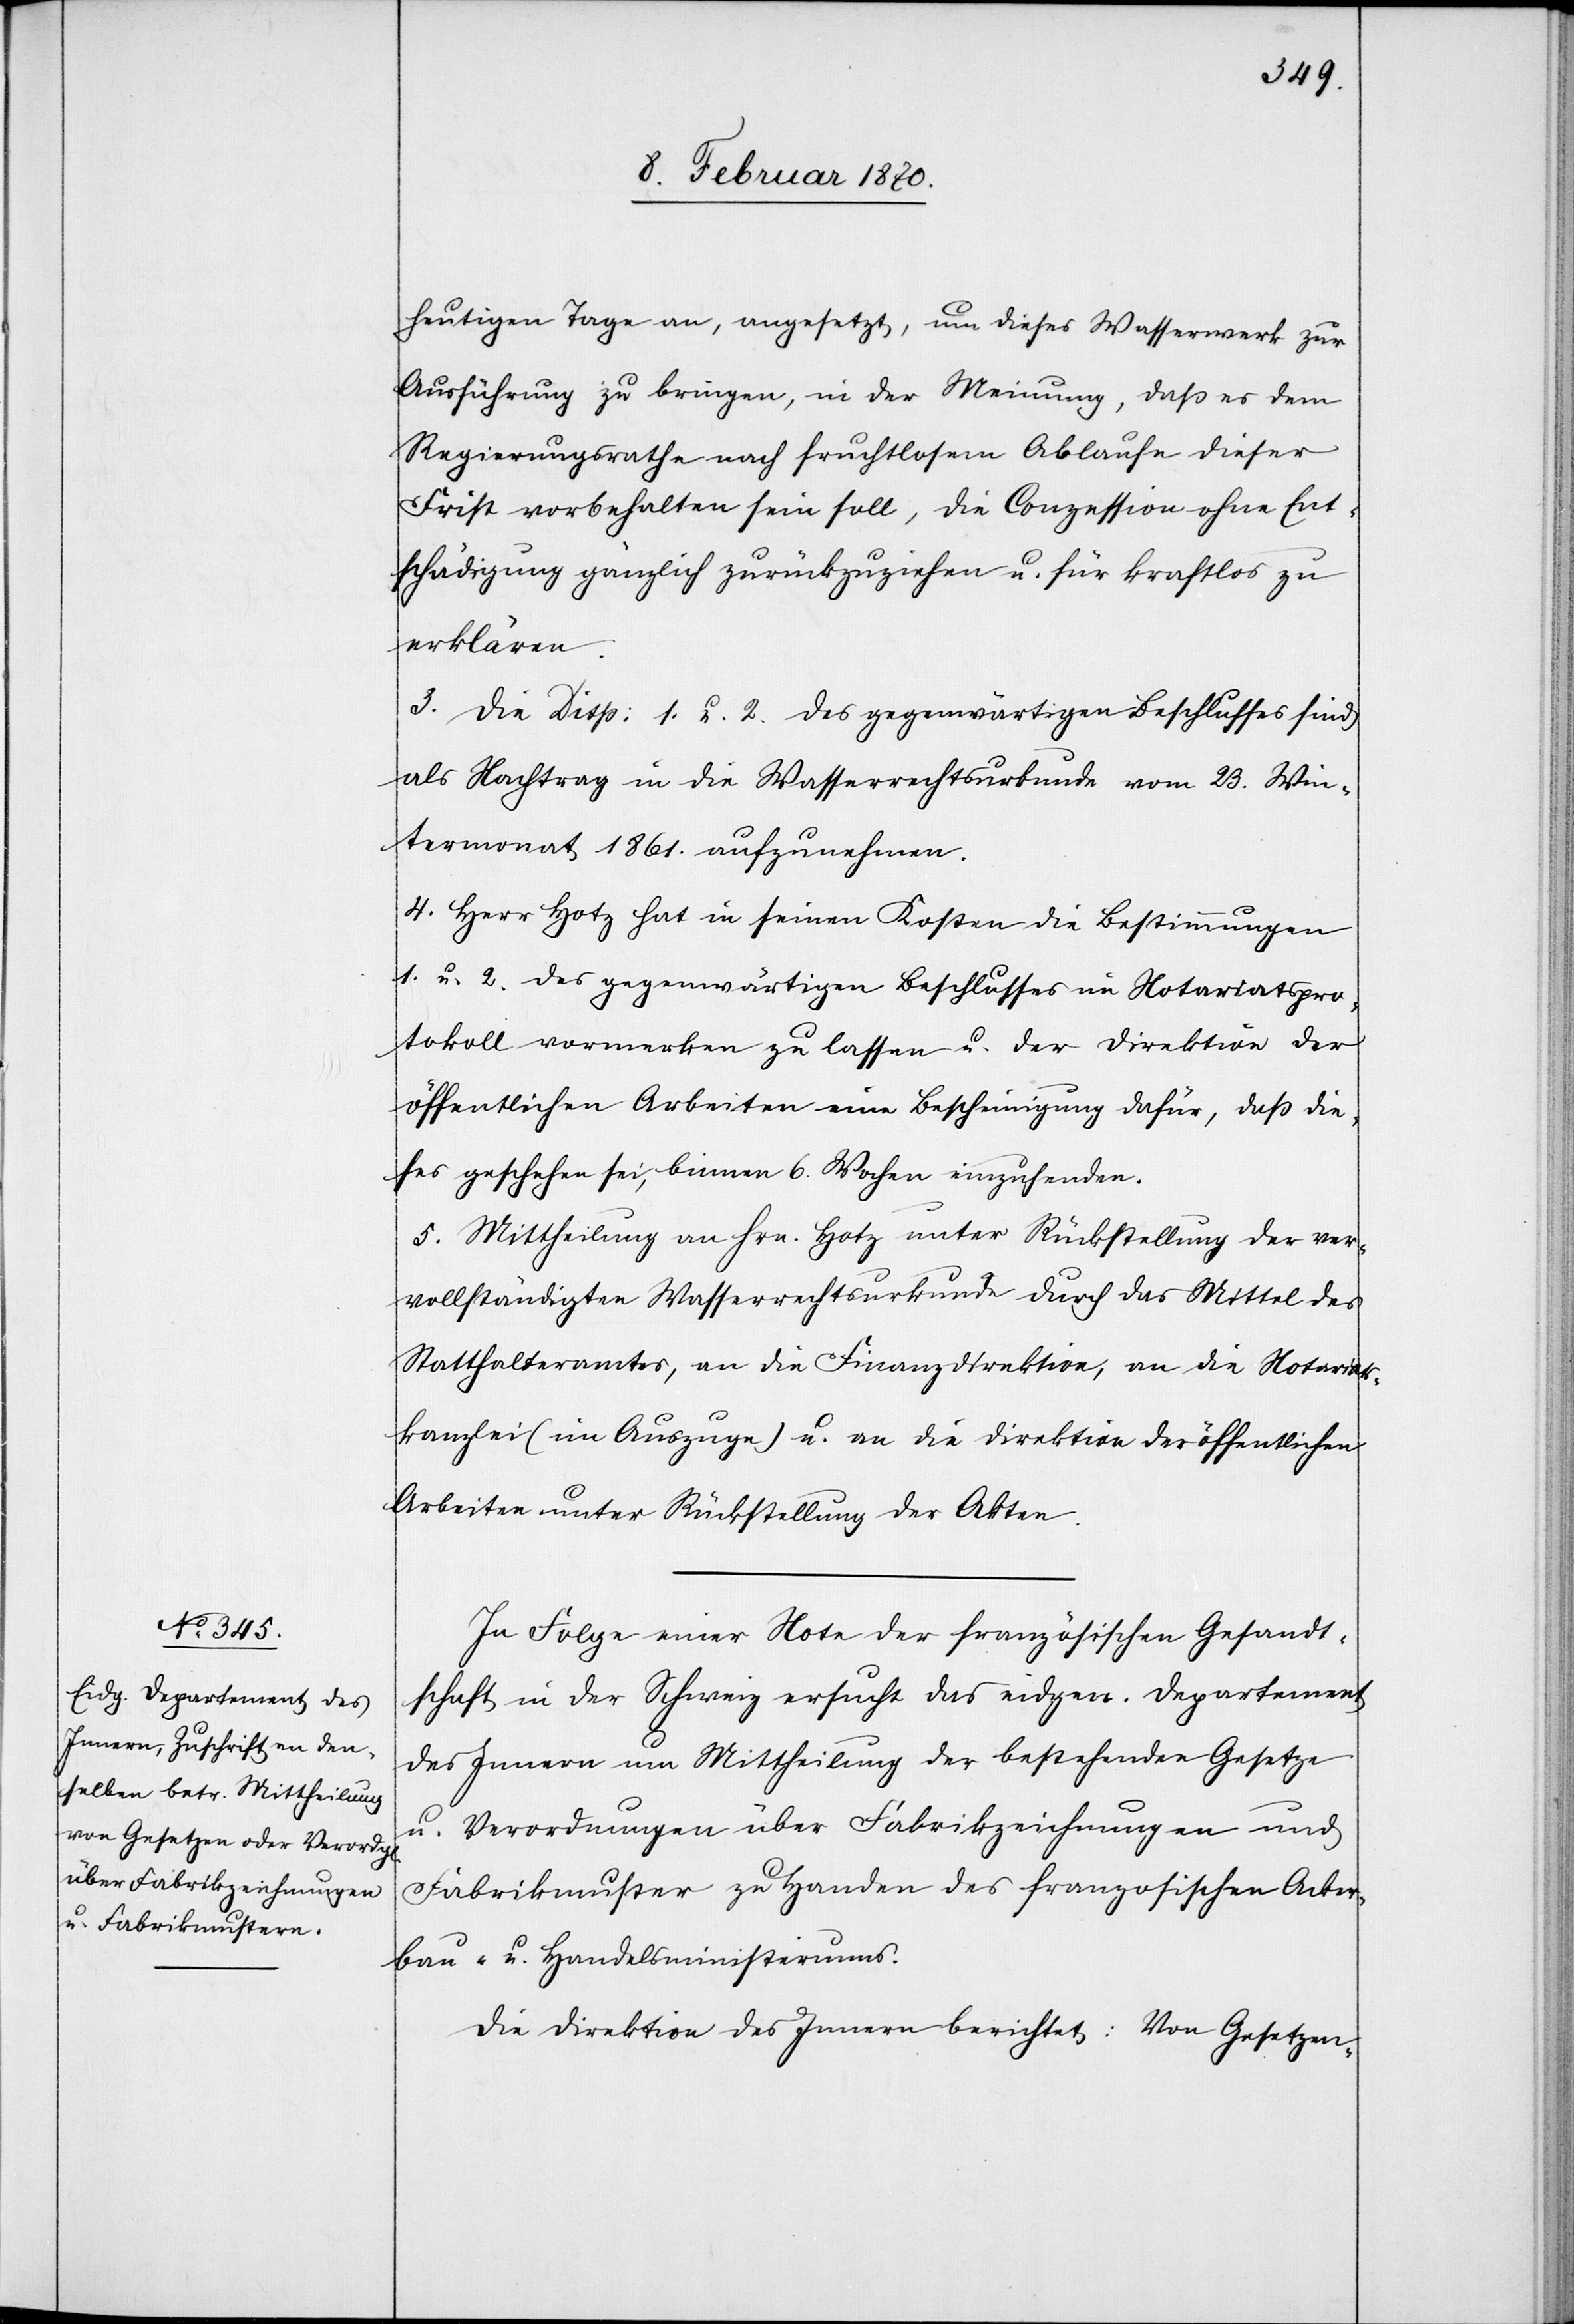
heutigen Tage an, angesetzt, um dieses Wasserwerk zur
Ausführung zu bringen, in der Meinung, dass es dem
Regierungsrathe nach fruchtlosem Ablaufe dieser
Frist vorbehalten sein soll, die Conzession ohne Ent¬
schädigung gänzlich zurückzuziehen u. für kraftlos zu
erklären.
3. Die Disp: 1. u. 2. des gegenwärtigen Beschlusses sind
als Nachtrag in die Wasserrechtsurkunde vom 23. Win¬
termonat 1861. aufzunehmen.
4. Herr Hotz hat in seinen Kosten die Bestimmungen
1. u. 2. des gegenwärtigen Beschlusses im Notariatspro¬
tokoll vormerken zu lassen u. der Direktion der
öffentlichen Arbeiten eine Bescheinigung dafür, daß die¬
ses geschehen sei, binnen 6. Wochen einzusenden.
5. Mittheilung an Hrn. Hotz unter Rückstellung der ver¬
vollständigten Wasserrechtsurkunde durch das Mittel des
Statthalteramtes, an die Finanzdirektion, an die Notariats¬
kanzlei (im Auszuge) u. an die Direktion der öffentlichen
Arbeiten unter Rückstellung der Akten.
In Folge einer Note der französischen Gesandt¬
schaft in der Schweiz ersucht das eidgen. Departement
des Innern um Mittheilung der bestehenden Gesetze
u. Verordnungen über Fabrikzeichnungen und
Fabrikmuster zu Handen des franzosischen [sic!]
Ackerbau- u. Handelsministeriums.
Die Direktion des Innern berichtet: Von Gesetzen-